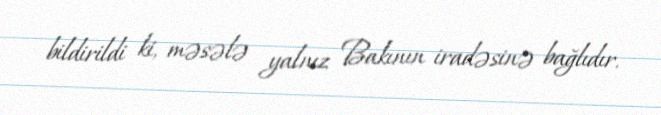
bildirildi ki, məsələ yalnız Bakının iradəsinə bağlıdır.